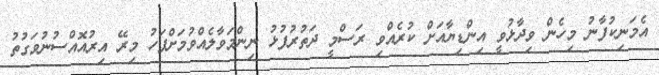
އެމަނިކުފާނު މިހެން ވިދާޅުވީ އިންޑިޔާއަށް ކުރެއްވި ރަސްމީ ދަތުރުފުޅު ނިންމަވާލެއްވުމަށްފަހު މިރޭ އިރުއޮއްސުނުވަގުތު